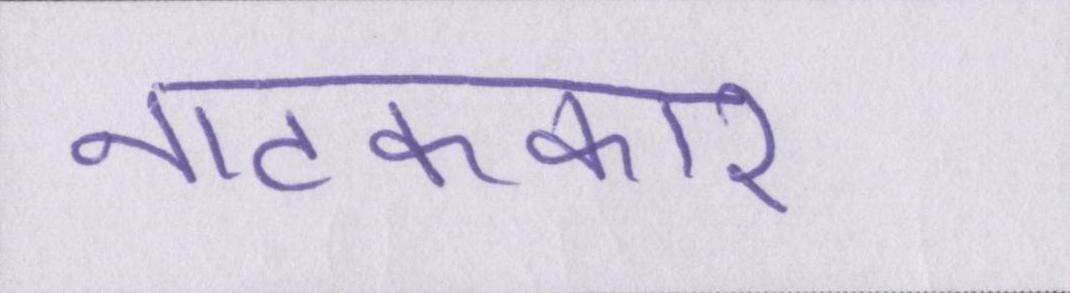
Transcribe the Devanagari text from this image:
नाटककार